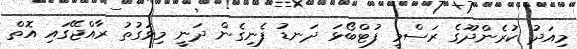
މިއަދު ކުރެންދޫގެ ރަސްމީ ފުޓްބޯޅަ ދަނޑު ފެނިގެން ދަނީ މިވަގުތު ރާއްޖޭގައި އޮތް